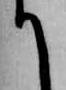
て